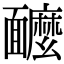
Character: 𩉌